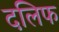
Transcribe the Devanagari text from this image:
दलिफ